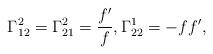
LaTeX: \begin{align*}\Gamma_{12}^2 = \Gamma_{21}^2 = \frac{f'}{f}, \Gamma_{22}^1 = -ff',\end{align*}